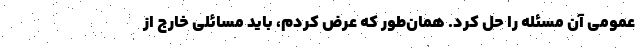
عمومی آن مسئله را حل کرد. همان‌طور که عرض کردم، باید مسائلی خارج از